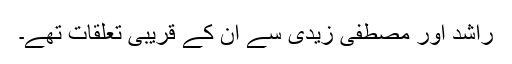
راشد اور مصطفی زیدی سے ان کے قریبی تعلقات تھے۔